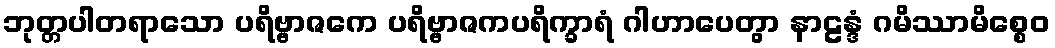
ဘုတ္တပါတရာသော ပရိဗ္ဗာဇကေ ပရိဗ္ဗာဇကပရိက္ခာရံ ဂါဟာပေတွာ နာဠန္ဒံ ဂမိဿာမိစ္စေဝ